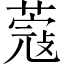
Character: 蔻